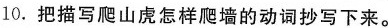
10. 把描写爬山虎怎样爬墙的动词抄写下来。